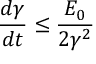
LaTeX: \frac { d \gamma } { d t } \leq \frac { E _ { 0 } } { 2 \gamma ^ { 2 } }